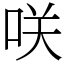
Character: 咲